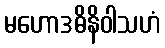
မဟောဒဓိနိဝါသဟံ